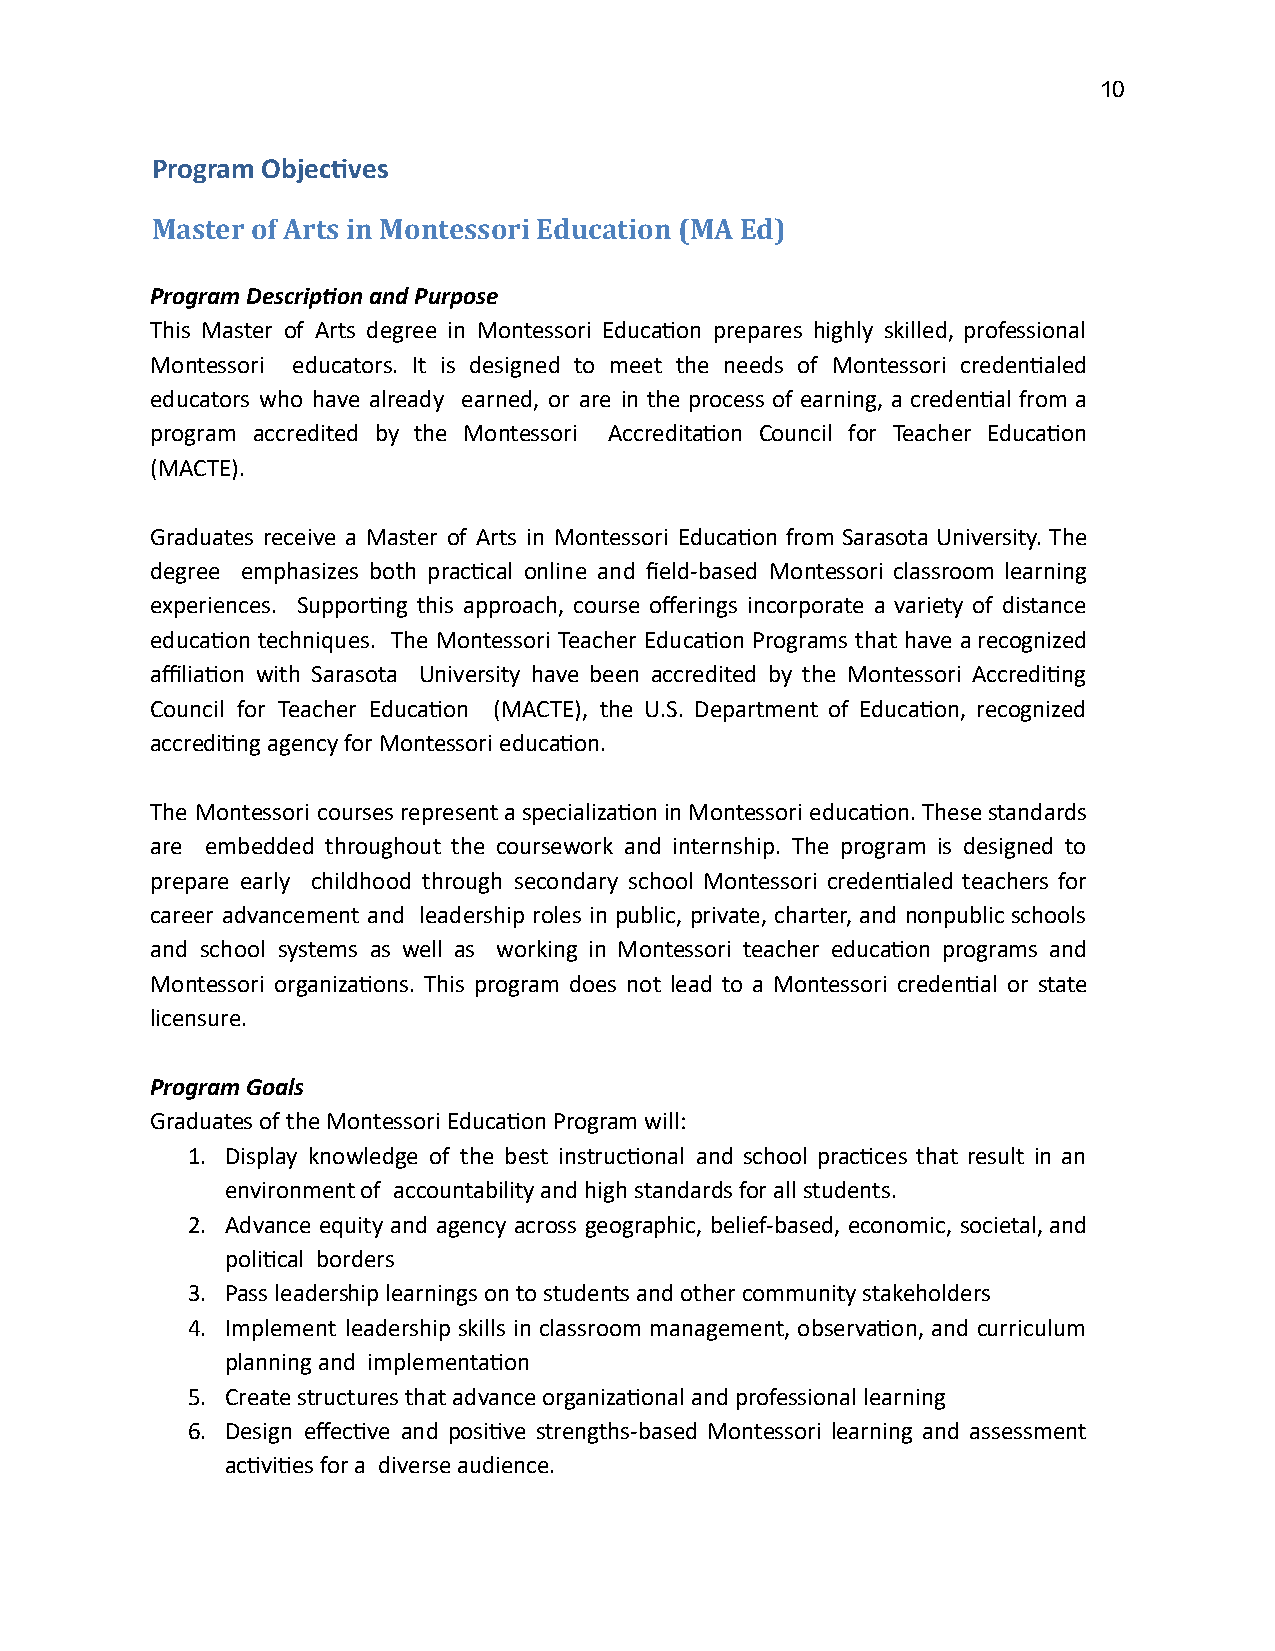
10
 Program Objecves
 Master of Arts in Montessori Education (MA Ed)
 Program Descripon and Purpose
 This Master of Arts degree in Montessori Educaon prepares highly skilled, professional
 Montessori educators. It is designed to meet the needs of Montessori credenaled
 educators who have already earned, or are in the process of earning, a credenal from a
 program accredited by the Montessori Accreditaon Council for Teacher Educaon
 (MACTE).
 Graduates receive a Master of Arts in Montessori Educaon from Sarasota University. The
 degree emphasizes both praccal online and field-based Montessori classroom learning
 experiences. Supporng this approach, course offerings incorporate a variety of distance
 educaon techniques. The Montessori Teacher Educaon Programs that have a recognized
 affiliaon with Sarasota University have been accredited by the Montessori Accreding
 Council for Teacher Educaon (MACTE), the U.S. Department of Educaon, recognized
 accreding agency for Montessori educaon.
 The Montessori courses represent a specializaon in Montessori educaon. These standards
 are embedded throughout the coursework and internship. The program is designed to
 prepare early childhood through secondary school Montessori credenaled teachers for
 career advancement and leadership roles in public, private, charter, and nonpublic schools
 and school systems as well as working in Montessori teacher educaon programs and
 Montessori organizaons. This program does not lead to a Montessori credenal or state
 licensure.
 Program Goals
 Graduates of the Montessori Educaon Program will:
 1. Display knowledge of the best instruconal and school pracces that result in an
 environment of accountability and high standards for all students.
 2. Advance equity and agency across geographic, belief-based, economic, societal, and
 polical borders
 3. Pass leadership learnings on to students and other community stakeholders
 4. Implement leadership skills in classroom management, observaon, and curriculum
 planning and implementaon
 5. Create structures that advance organizaonal and professional learning
 6. Design effecve and posive strengths-based Montessori learning and assessment
 acvies for a diverse audience.